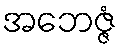
အဘေဇ္ဇံ